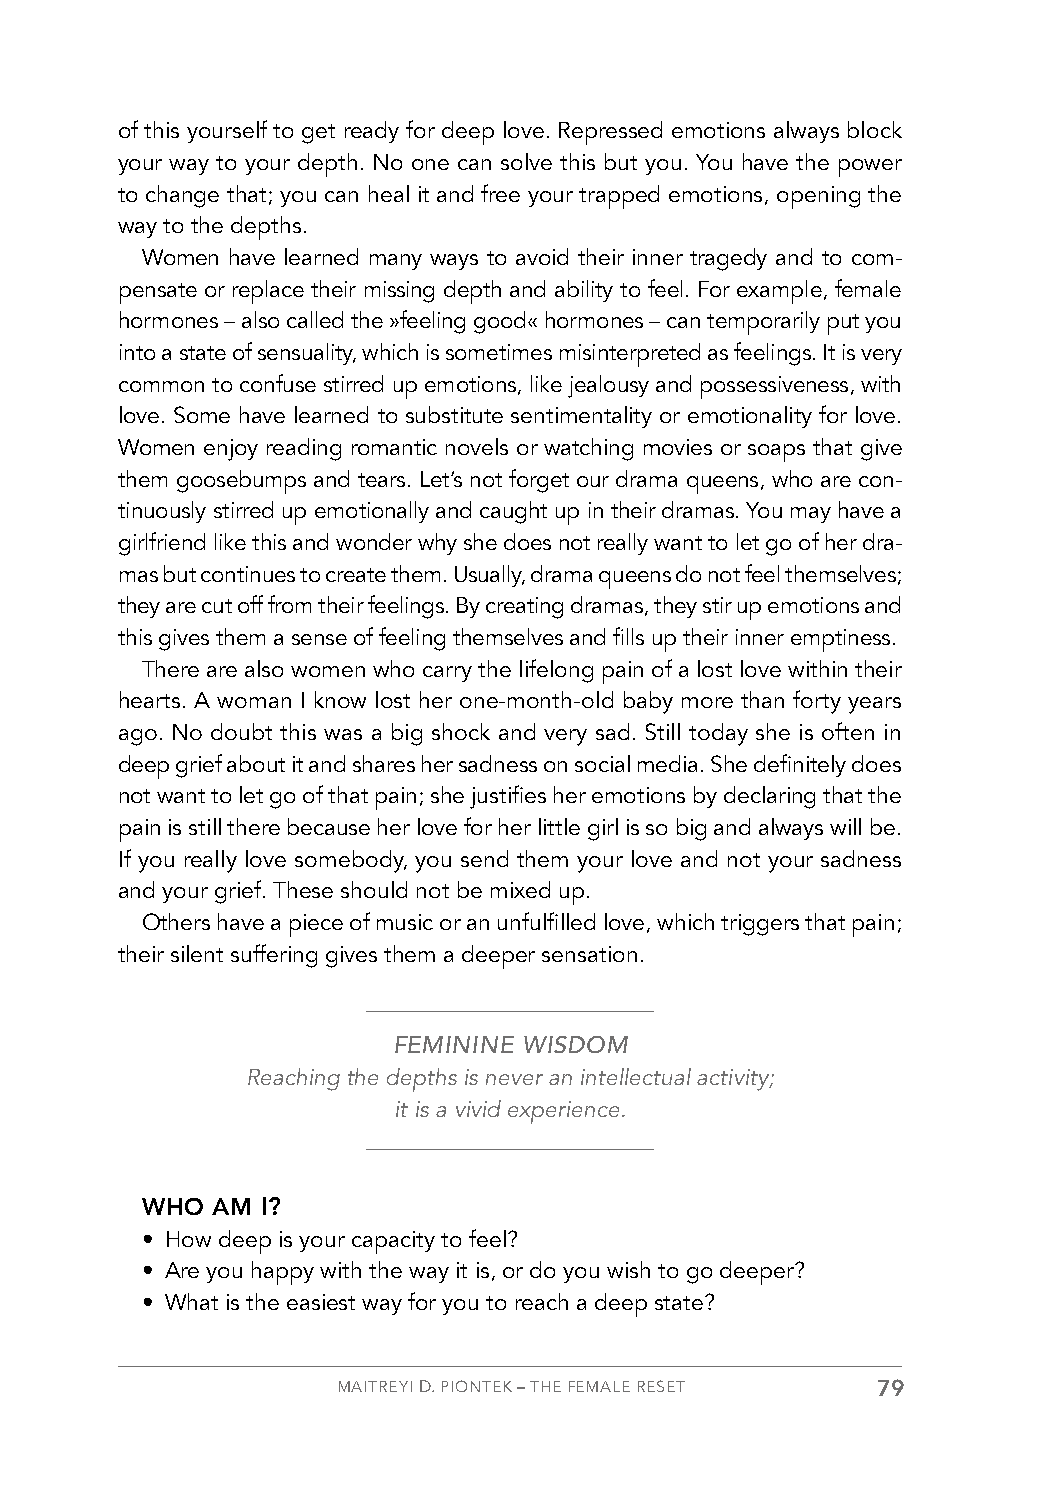
of this yourself to get ready for deep love. Repressed emotions always block
 your way to your depth. No one can solve this but you. You have the power
 to change that; you can heal it and free your trapped emotions, opening the
 way to the depths.
 Women have learned many ways to avoid their inner tragedy and to com-
 pensate or replace their missing depth and ability to feel. For example, female
 hormones – also called the »feeling good« hormones – can temporarily put you
 into a state of sensuality, which is sometimes misinterpreted as feelings. It is very
 common to confuse stirred up emotions, like jealousy and possessiveness, with
 love. Some have learned to substitute sentimentality or emotionality for love.
 Women enjoy reading romantic novels or watching movies or soaps that give
 them goosebumps and tears. Let’s not forget our drama queens, who are con-
 tinuously stirred up emotionally and caught up in their dramas. You may have a
 girlfriend like this and wonder why she does not really want to let go of her dra-
 mas but continues to create them. Usually, drama queens do not feel themselves;
 they are cut off from their feelings. By creating dramas, they stir up emotions and
 this gives them a sense of feeling themselves and fills up their inner emptiness.
 There are also women who carry the lifelong pain of a lost love within their
 hearts. A woman I know lost her one-month-old baby more than forty years
 ago. No doubt this was a big shock and very sad. Still today she is often in
 deep grief about it and shares her sadness on social media. She definitely does
 not want to let go of that pain; she justifies her emotions by declaring that the
 pain is still there because her love for her little girl is so big and always will be.
 If you really love somebody, you send them your love and not your sadness
 and your grief. These should not be mixed up.
 Others have a piece of music or an unfulfilled love, which triggers that pain;
 their silent suffering gives them a deeper sensation.
 FEMININE WISDOM
 Reaching the depths is never an intellectual activity;
 it is a vivid experience.
 WHO  AM I?
 • How deep is your capacity to feel?
 • Are you happy with the way it is, or do you wish to go deeper?
 • What is the easiest way for you to reach a deep state?
 MAITREYI D. PIONTEK – THE FEMALE RESET 79